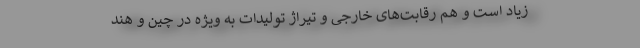
زیاد است و هم رقابت‌های خارجی و تیراژ تولیدات به ویژه در چین و هند